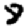
Digit: 8